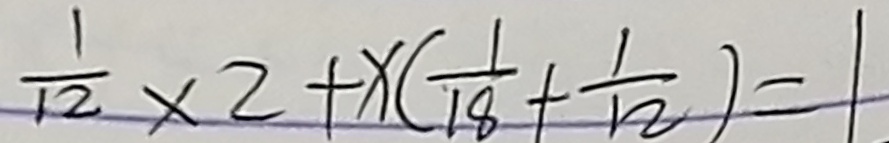
\frac { 1 } { 1 2 } \times 2 + x ( \frac { 1 } { 1 8 } + \frac { 1 } { 1 2 } ) = 1